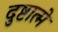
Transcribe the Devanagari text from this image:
दुष्टात्मे